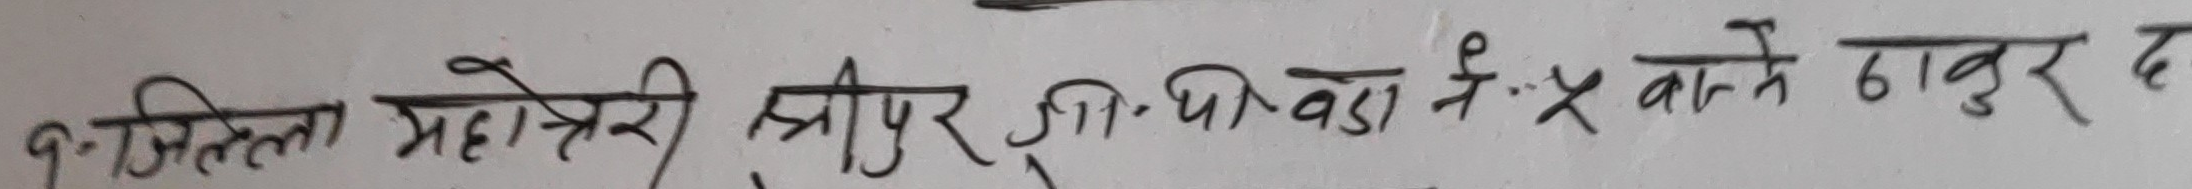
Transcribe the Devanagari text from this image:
गिल्लीला महेश्वरी श्रीपुर तीथि वडा नें ५ बाटने ठाकुर द